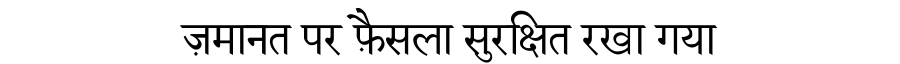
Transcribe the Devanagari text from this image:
ज़मानत पर फ़ैसला सुरक्षित रखा गया